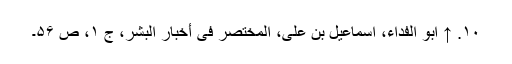
۱۰. ↑ ابو الفداء، اسماعیل بن علی، المختصر فی أخبار البشر، ج ۱، ص ۵۶۔